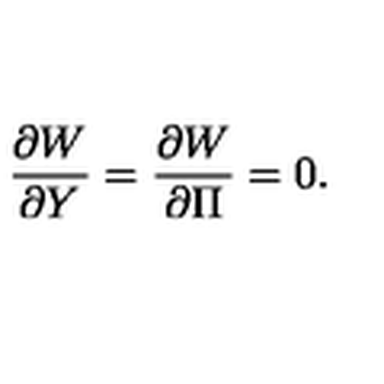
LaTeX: \frac { \partial W } { \partial Y } = \frac { \partial W } { \partial \Pi } = 0 .